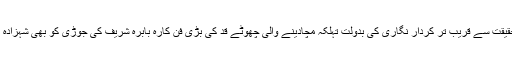
70ء اور 80ء کی دہائیوں میں اپنی شاندار اور حقیقت سے قریب تر کردار نگاری کی بدولت تہلکہ مچادینے والی چھوٹے قد کی بڑی فن کارہ بابرہ شریف کی جوڑی کو بھی شہزادہ رومانس کے ساتھ خاصی پسندیدگی حاصل ہوئی۔